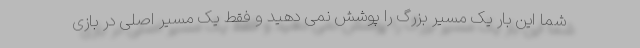
شما این بار یک مسیر بزرگ را پوشش نمی دهید و فقط یک مسیر اصلی در بازی